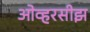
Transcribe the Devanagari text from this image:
ओव्हरसीझ